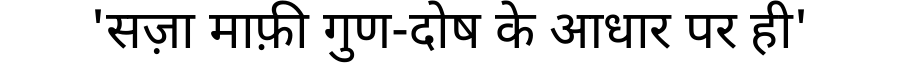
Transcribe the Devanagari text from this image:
'सज़ा माफ़ी गुण-दोष के आधार पर ही'